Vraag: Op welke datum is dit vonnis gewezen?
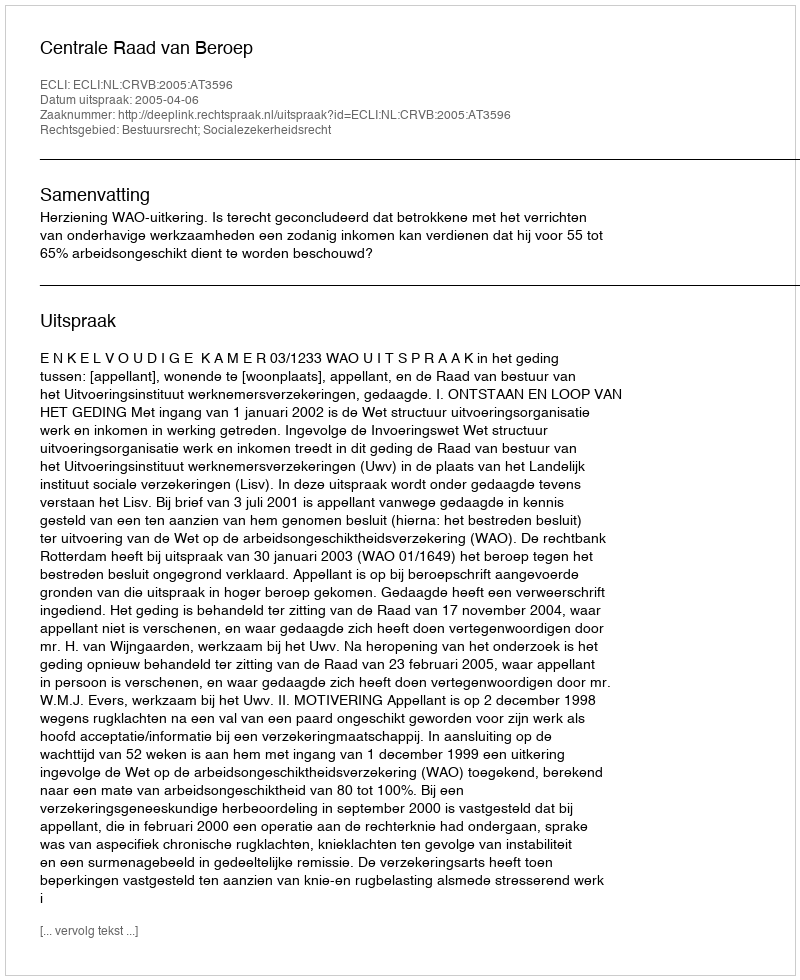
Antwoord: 2005-04-06